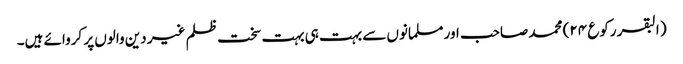
( البقر رکوع ۲۴) محمد صاحب اور مسلمانوں سے بہت ہی بہت سخت ظلم غیر دین والوں پر کروائے ہیں۔